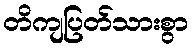
တိကျပြတ်သားစွာ